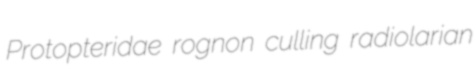
Protopteridae rognon culling radiolarian